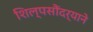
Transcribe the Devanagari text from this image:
शिल्पसौंदर्याने